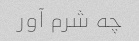
چه شرم آور